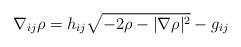
LaTeX: \begin{align*}\nabla_{ij}\rho=h_{ij}\sqrt{-2\rho-|\nabla \rho|^2}-g_{ij}\end{align*}